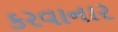
કરવાનાર